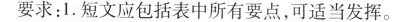
要求：1.短文应包括表中所有要点，可适当发挥。